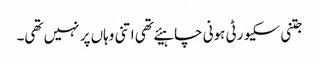
جتنی سکیورٹی ہونی چاہیئے تھی اتنی وہاں پر نہیں تھی۔